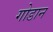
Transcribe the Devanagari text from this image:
गोडान